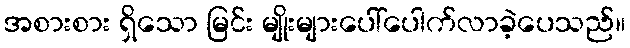
အစားစား ရှိသော မြင်း မျိုးများပေါ်ပေါက်လာခဲ့ပေသည်။